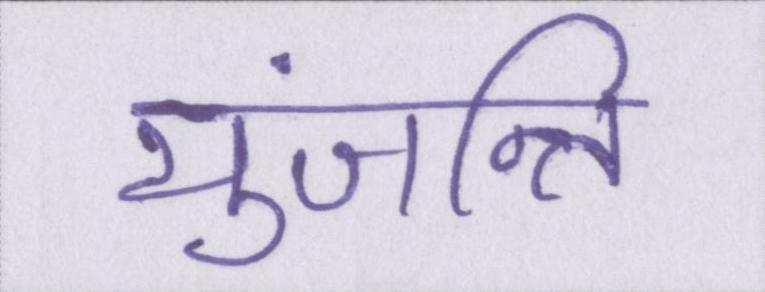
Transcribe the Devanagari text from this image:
युंजन्ति